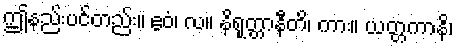
ဤနည်းပင်တည်း။ ဧဝံ၊ လ။ နိရုတ္တာနီတိ၊ ကား။ ယတ္တကာနိ၊